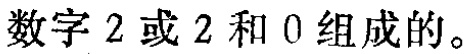
数字 2 或 2 和 0 组成的。